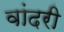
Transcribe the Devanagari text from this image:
वांदरी